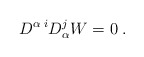
\begin{align*} D^{\alpha\; i}D^{j}_\alpha W = 0\;.\end{align*}